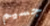
جسيم